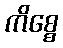
ကိစ္စေ